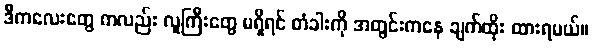
ဒီကလေးတွေ ကလည်း လူကြီးတွေ မရှိရင် တံခါးကို အတွင်းကနေ ချက်ထိုး ထားရမယ်။